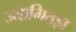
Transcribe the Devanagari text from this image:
ज्यामितज्ञ